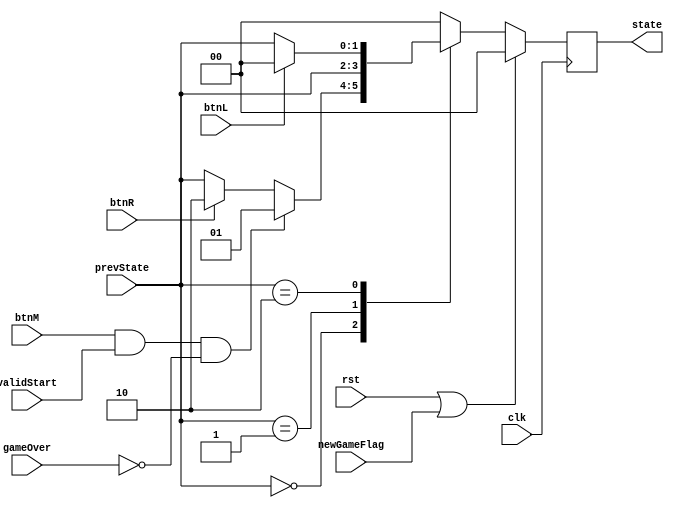
`timescale 1ns / 1ps
//////////////////////////////////////////////////////////////////////////////////
// Company: 
// Engineer: 
// 
// Design Name: 
// Module Name:    mainMenu 
// Project Name: 
// Target Devices: 
// Tool versions: 
// Description: 
//
// Dependencies: 
//
// Revision: 
// Revision 0.01 - File Created
// Additional Comments: 
//
//////////////////////////////////////////////////////////////////////////////////
module mainMenu(
    //input
    input clk,
    input rst,
    input btnM,
    input btnR,
    input btnL,
    input validStart,
    input [1:0] prevState,
    input newGameFlag,
	 input gameOver,
	 
    output reg [1:0] state
    
    );
    
    
    always @ (posedge clk)
    if (rst || newGameFlag)
    begin
        state <= 2'b00;
    end
    else
        begin
            case(prevState)
                    2'b00: // menu
                        begin
                            if (btnM == 1 && validStart == 1 && gameOver == 0)
                                state <= 2'b01; // game start
                            else if (btnR == 1)
                                state <= 2'b10; // high score
                            else
                                state <= prevState;
                            // scrolling logic handled in gameplay.v under welcome
                        end
                    2'b01: // game start
                        begin
                           // game logic
                           state <= prevState;
                           // game logic handled in gameplay.v
                        end
                    2'b10: // highScore
                        begin
                            // display high score
                            if (btnL == 1)
                                state <= 2'b00; // menu
                            else
                                state <= prevState;
                            // High score logic handled in high score
                        end
                    default: 
                            begin
                                state <= 2'b00; // menu
                            end
            endcase
            
    end
    

endmodule